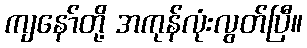
ကျနော်တို့ အကုန်လုံးလွတ်ပြီ။